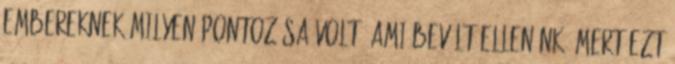
embereknek milyen pontozása volt, ami bevált ellenünk, mert ezt